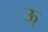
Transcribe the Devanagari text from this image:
ऊ्